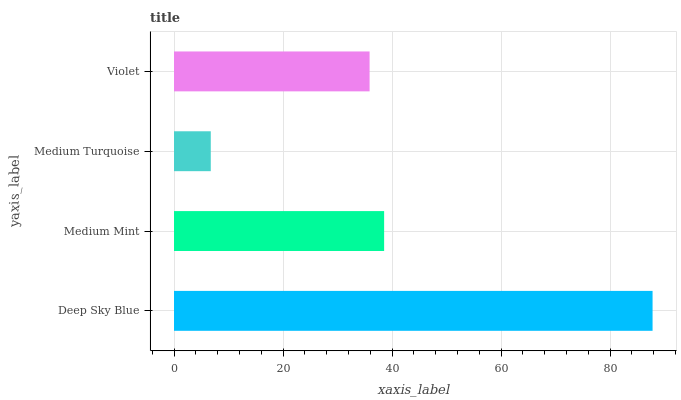
| yaxis_label | bars |
 | --- | --- |
 | Deep Sky Blue | 87.8 |
 | Medium Mint | 38.5 |
 | Medium Turquoise | 6.75 |
 | Violet | 35.9 |